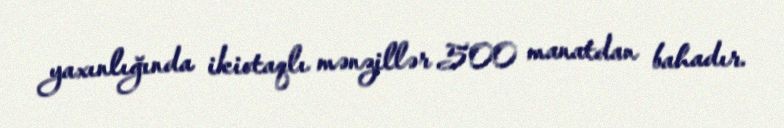
yaxınlığında ikiotaqlı mənzillər 500 manatdan bahadır.